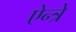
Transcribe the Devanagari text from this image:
ऐन्त्रे